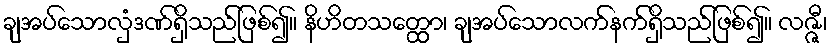
ချအပ်သောလှံဒဏ်ရှိသည်ဖြစ်၍။ နိဟိတသတ္ထော၊ ချအပ်သောလက်နက်ရှိသည်ဖြစ်၍။ လဇ္ဇီ၊